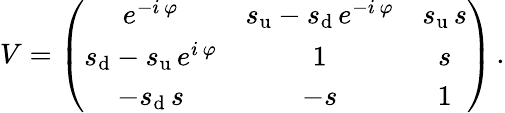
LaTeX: V=\left(\begin{array}{ccc}{{e^{-i\, \varphi}}}&{{s_{\mathrm{u}}-s_{\mathrm{d}}\, e^{-i\, \varphi}}}&{{s_{\mathrm{u}}\, s}}\\ {{s_{\mathrm{d}}-s_{\mathrm{u}}\, e^{i\, \varphi}}}&{{1}}&{{s}}\\ {{-s_{\mathrm{d}}\, s}}&{{-s}}&{{1}}\end{array}\right)\, .